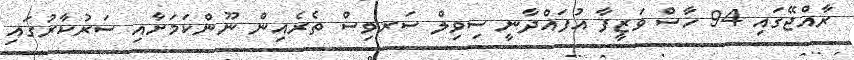
ރާއްޖޭގައި 94 ހާސް ވަޒީފާ އުފައްދާނީ ސިވިލް ސަރވިސް ތެރެއިން ނޫންކަމަށާއި ސަރުކާރުގައި